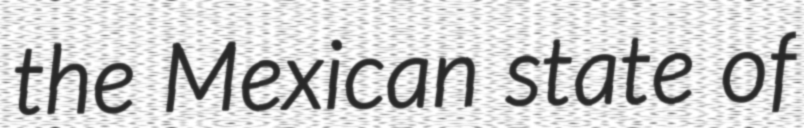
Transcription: the Mexican state of